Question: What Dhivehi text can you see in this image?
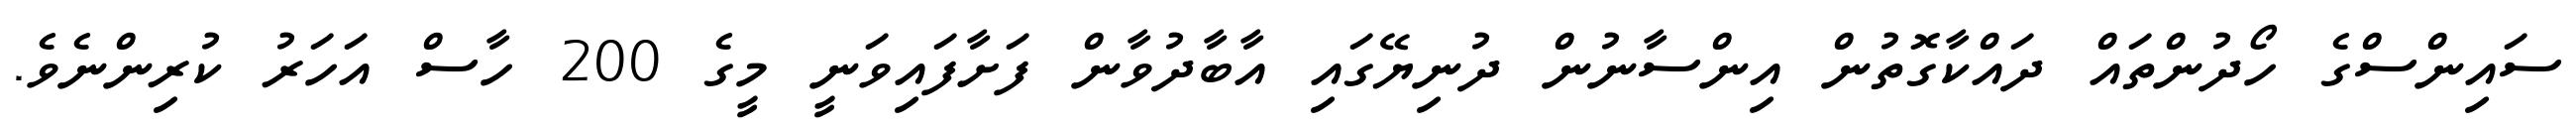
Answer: ސައިންސްގެ ހޯދުންތައް ދައްކާގޮތުން އިންސާނުން ދުނިޔޭގައި އާބާދުވާން ފަށާފައިވަނީ މީގެ 200 ހާސް އަހަރު ކުރިންނެވެ.